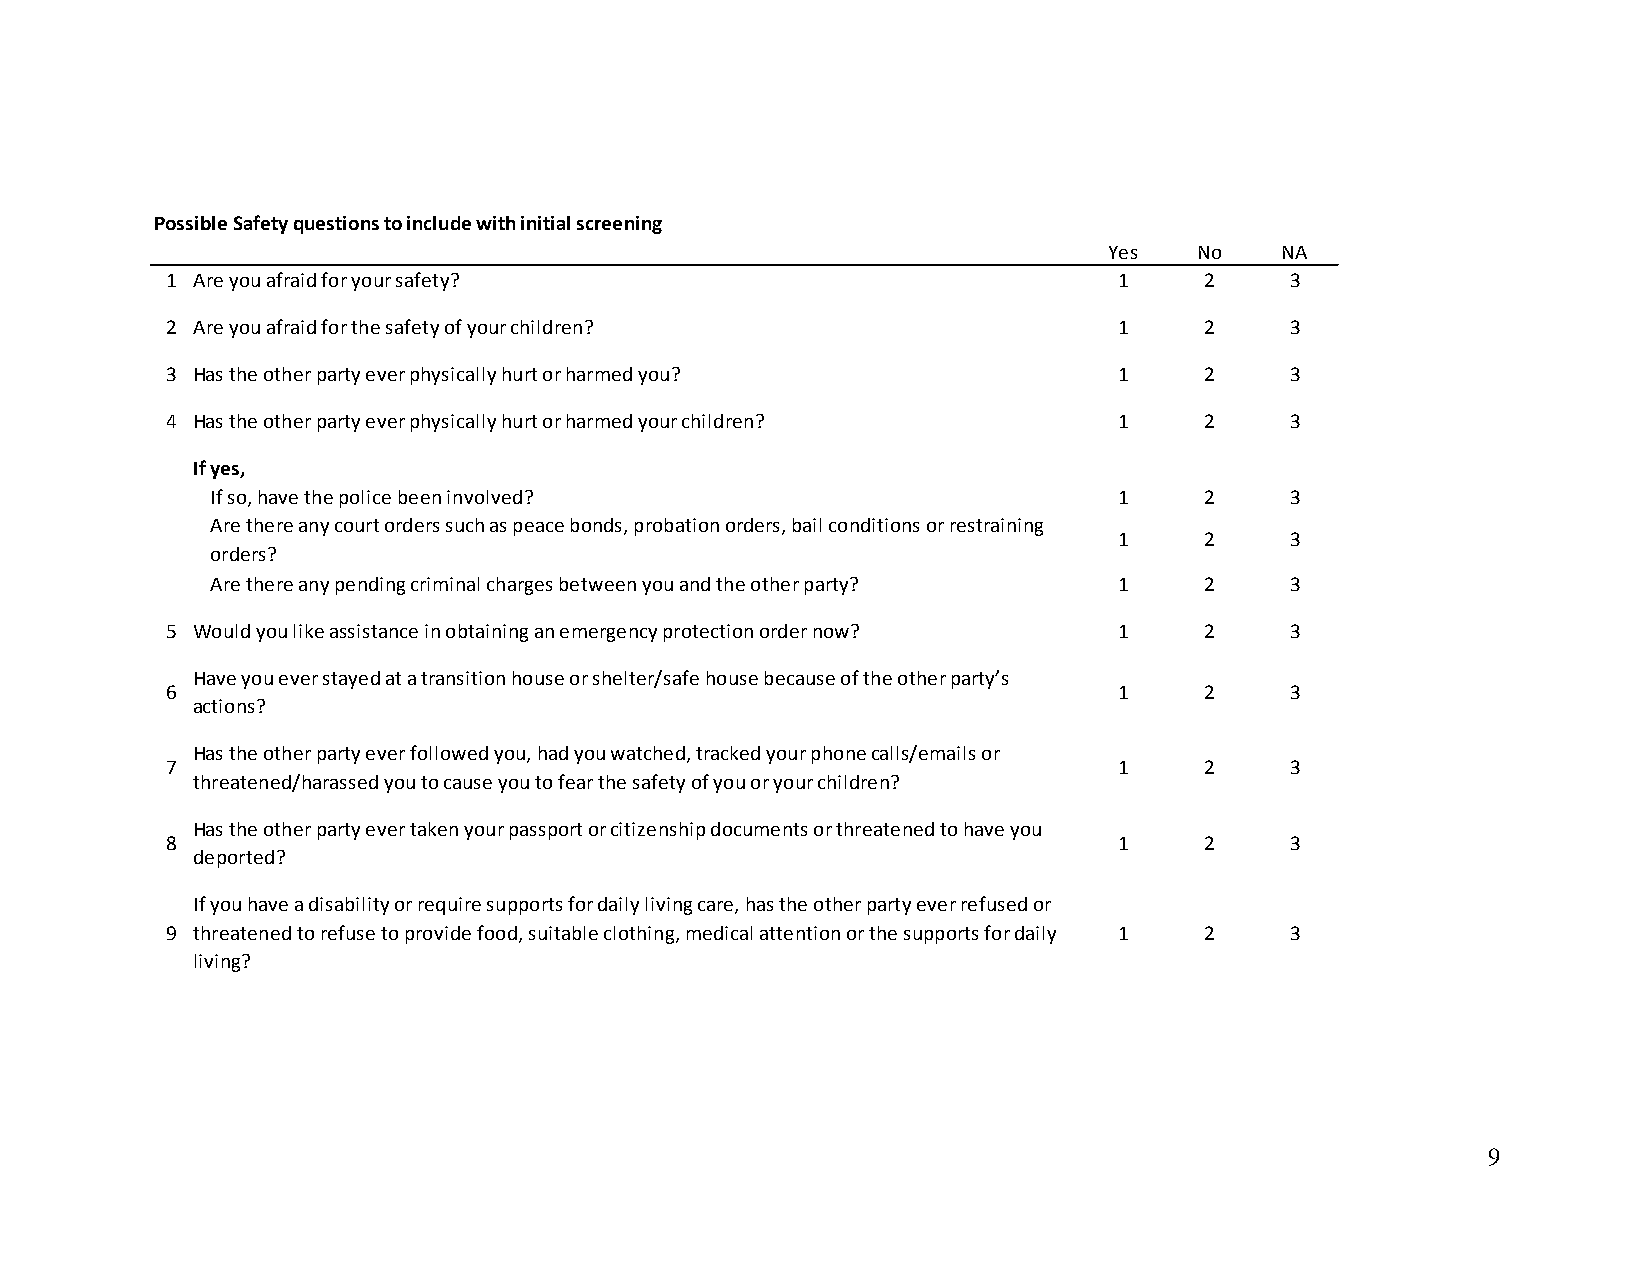
Possible Safety questions to include with initial screening
 Yes   No    NA
 1 Are you afraid for your safety?                              1     2    3
 2 Are you afraid for the safety of your children?              1     2    3
 3 Has the other party ever physically hurt or harmed you?      1     2    3
 4 Has the other party ever physically hurt or harmed your children? 1 2   3
 If yes,
 If so, have the police been involved?                       1     2    3
 Are there any court orders such as peace bonds, probation orders, bail conditions or restraining
 1     2    3
 orders?
 Are there any pending criminal charges between you and the other party? 1 2 3
 5 Would you like assistance in obtaining an emergency protection order now? 1 2 3
 Have you ever stayed at a transition house or shelter/safe house because of the other party’s
 6                                                              1     2    3
 actions?
 Has the other party ever followed you, had you watched, tracked your phone calls/emails or
 7                                                              1     2    3
 threatened/harassed you to cause you to fear the safety of you or your children?
 Has the other party ever taken your passport or citizenship documents or threatened to have you
 8                                                              1     2    3
 deported?
 If you have a disability or require supports for daily living care, has the other party ever refused or
 9 threatened to refuse to provide food, suitable clothing, medical attention or the supports for daily 1 2 3
 living?
 9